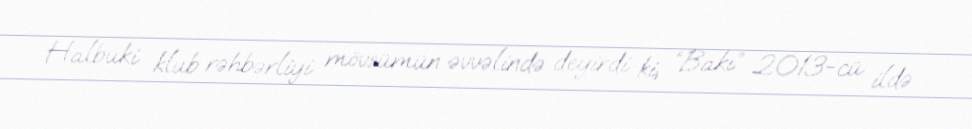
Halbuki klub rəhbərliyi mövsümün əvvəlində deyirdi ki, “Bakı” 2013-cü ildə